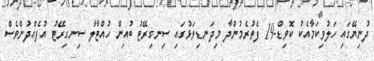
ދުނިޔޭގައި ހަލުވިކަމާއެކު ކޮވިޑް-19 ފެތުރެމުންދާ މިދަނޑިވަޅުގައި ސިނގިރޭޓު ބުއިން ހުއްޓާލާ ސިނގިރޭޓު އުފެއްދުންވެސް